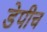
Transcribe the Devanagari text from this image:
डेपीच